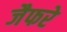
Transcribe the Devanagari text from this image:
जैफरे